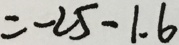
= - 2 5 - 1 . 6